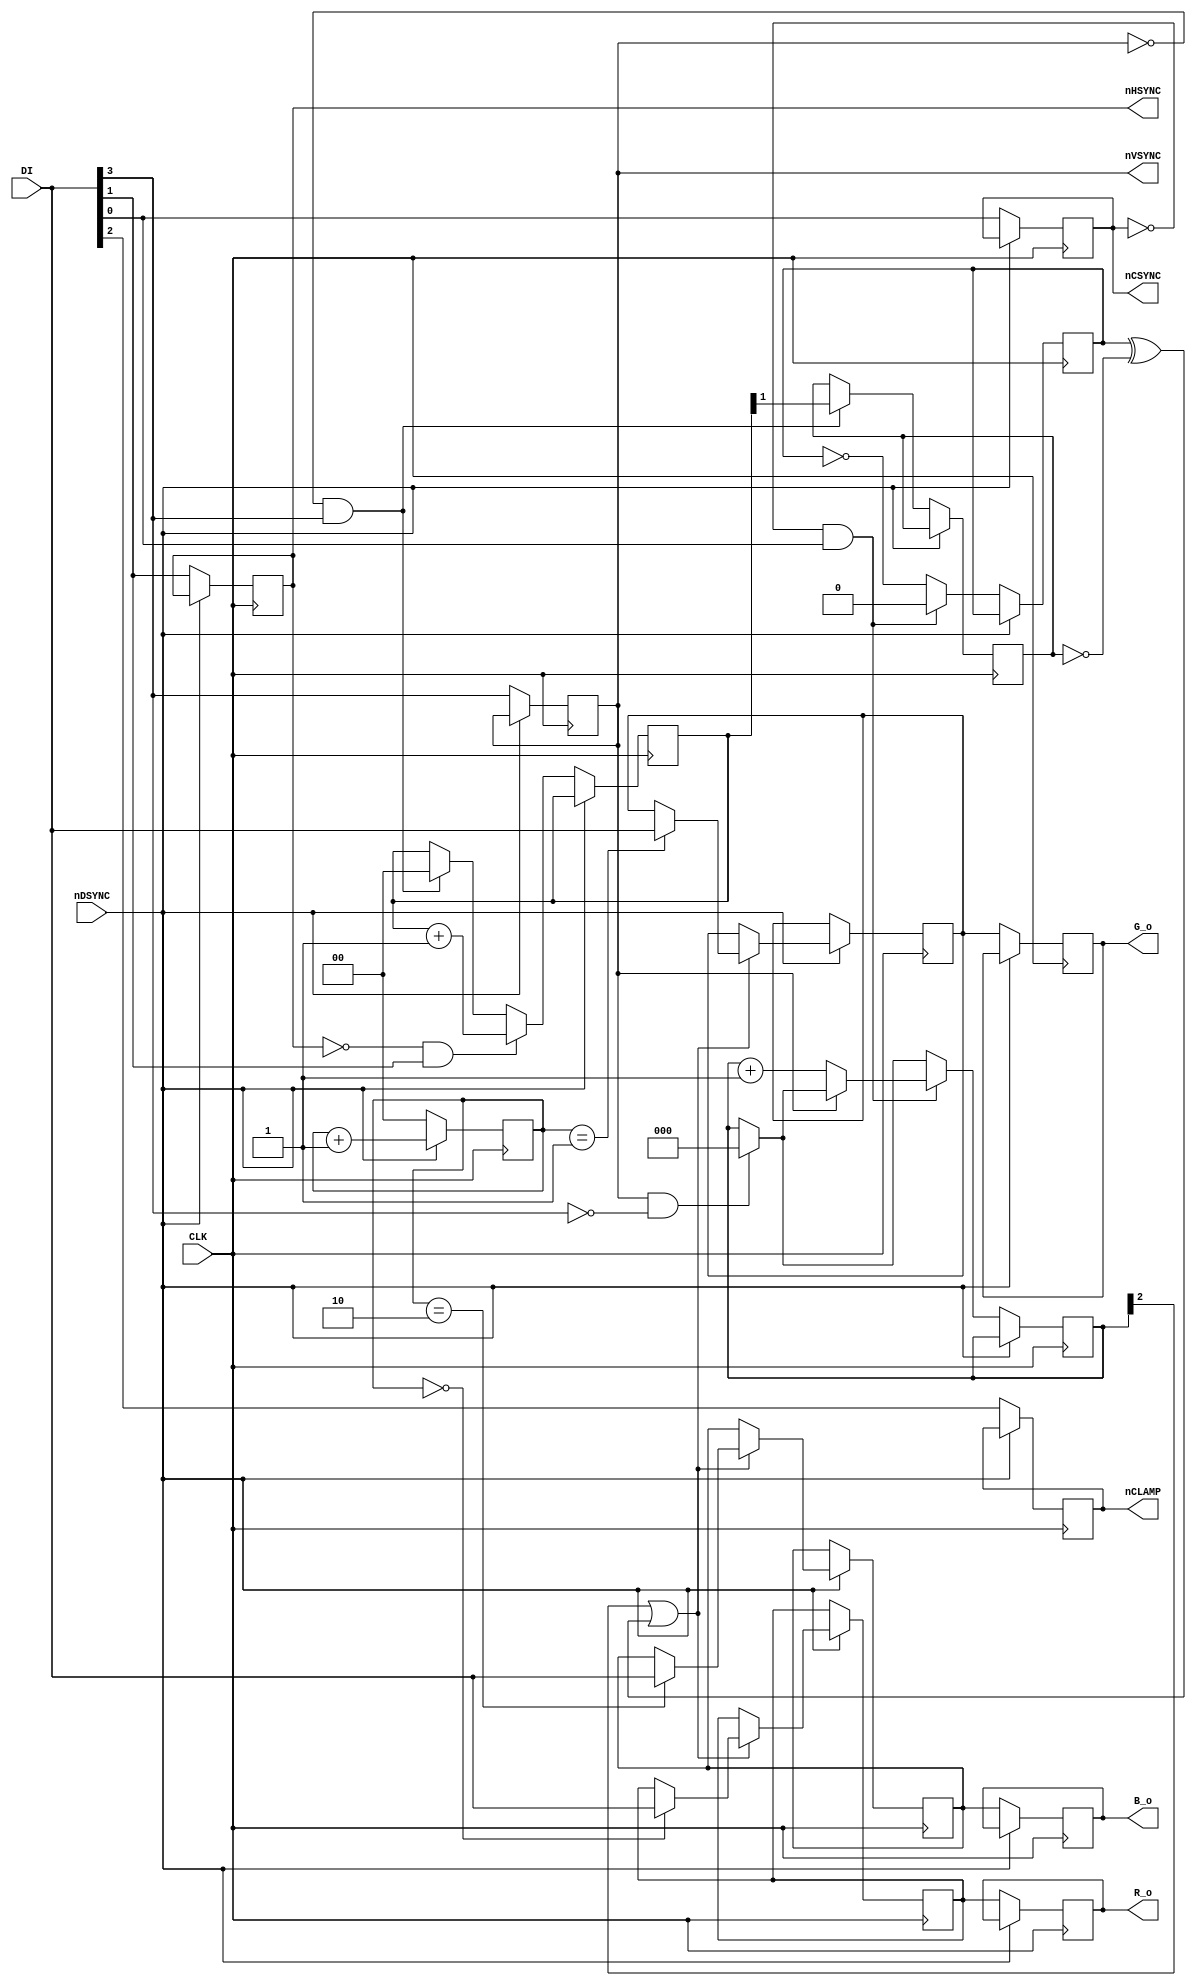
`timescale 1ns / 1ps
//////////////////////////////////////////////////////////////////////////////////
// Company: 
// 
// Design Name: 
// Module Name:    n64rgb_buffered
// Project Name: n64rgb
// Target Devices: xc9572xl
// Tool versions: Xilinx ISE 14.7
// Description: 
//
// Dependencies: 
//
// Revision: 3 (interlaced + pal/ntsc detect)
// Additional Comments: BUFFERED version (no color shifting around edges)
//
//////////////////////////////////////////////////////////////////////////////////
module n64rgb_buffered(
  input [6:0] DI,
  input CLK,
  input nDSYNC,
  output reg [6:0] R_o,
  output reg [6:0] G_o,
  output reg [6:0] B_o,
  output reg nCSYNC,
  output reg nHSYNC,
  output reg nVSYNC,
  output reg nCLAMP
  );

  reg [6:0] R_i;
  reg [6:0] G_i;
  reg [6:0] B_i;

  reg [1:0] cnt;
  reg skip;
  reg [2:0] serrcount; // 240p: 3 hsync per vsync; 480i: 6 serrated hsync per vsync
  reg [1:0] linecount; // PAL: Linecount[1:0] = 01; NTSC: Linecount[1:0] = 11
  reg vmode;

  always @(negedge CLK) begin
    if(~nDSYNC) begin
      cnt<=2'b00;
      {nVSYNC, nCLAMP, nHSYNC, nCSYNC} <= DI[3:0];
      if(~nVSYNC & DI[3]) begin
        vmode <= linecount[1];
        linecount <= 0;
      end
      if(~nHSYNC & DI[1]) linecount <= linecount + 1;
      if(nVSYNC & ~DI[3]) serrcount <= 0;
      if(~nCSYNC & DI[0]) begin
        skip <= 0;
        // count up hsync pulses during vsync pulse
        if(~nVSYNC) serrcount <= serrcount + 1;
      end else skip <= ~skip;
      R_o <= R_i;
      G_o <= G_i;
      B_o <= B_i;
    end else begin
      cnt <= cnt + 1;
      if(serrcount[2] | (skip ^ ~vmode)) begin
        case(cnt)
          2'b00: R_i <= DI;
          2'b01: G_i <= DI;
          2'b10: B_i <= DI;
        endcase
      end
    end
  end
endmodule